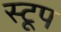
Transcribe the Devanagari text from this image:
स्टूप